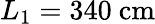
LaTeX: L_{1}=340~\textrm{cm}